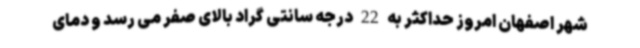
شهر اصفهان امروز حداکثر به 22 درجه سانتی گراد بالای صفر می رسد و دمای